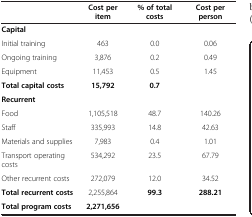
<table><thead><tr><td><b> </b></td><td><b>Cost per item</b></td><td><b>% of total costs</b></td><td><b>Cost per person</b></td></tr></thead><tbody><tr><td colspan="4"><b>Capital</b></td></tr><tr><td>Initial training</td><td>463</td><td>0.0</td><td>0.06</td></tr><tr><td>Ongoing training</td><td>3,876</td><td>0.2</td><td>0.49</td></tr><tr><td>Equipment</td><td>11,453</td><td>0.5</td><td>1.45</td></tr><tr><td><b>Total capital costs</b></td><td><b>15,792</b></td><td><b>0.7</b></td><td> </td></tr><tr><td colspan="4"><b>Recurrent</b></td></tr><tr><td>Food</td><td>1,105,518</td><td>48.7</td><td>140.26</td></tr><tr><td>Staff</td><td>335,993</td><td>14.8</td><td>42.63</td></tr><tr><td>Materials and supplies</td><td>7,983</td><td>0.4</td><td>1.01</td></tr><tr><td>Transport operating costs</td><td>534,292</td><td>23.5</td><td>67.79</td></tr><tr><td>Other recurrent costs</td><td>272,079</td><td>12.0</td><td>34.52</td></tr><tr><td><b>Total recurrent costs</b></td><td>2,255,864</td><td><b>99.3</b></td><td><b>288.21</b></td></tr><tr><td><b>Total program costs</b></td><td><b>2,271,656</b></td><td> </td><td> </td></tr></tbody></table>